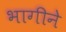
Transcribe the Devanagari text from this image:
भागीने